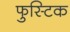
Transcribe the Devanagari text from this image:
फुस्टिक